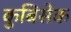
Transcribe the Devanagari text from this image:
कुबिसेक